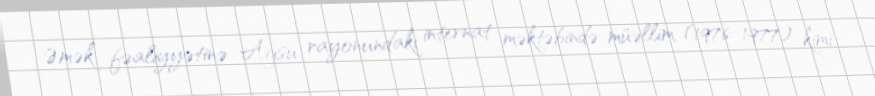
Əmək fəaliyyətinə Ağsu rayonundakı internat məktəbində müəllim (1976–1977) kimi